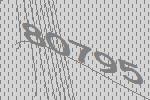
80795